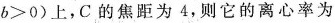
b>0)上，C的焦距为4，则它的离心率为